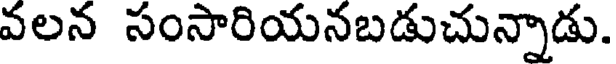
వలన సంసారియనబడుచున్నాడు.